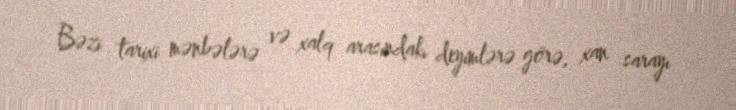
Bəzi tarixi mənbələrə və xalq arasındakı deyimlərə görə, xan sarayı